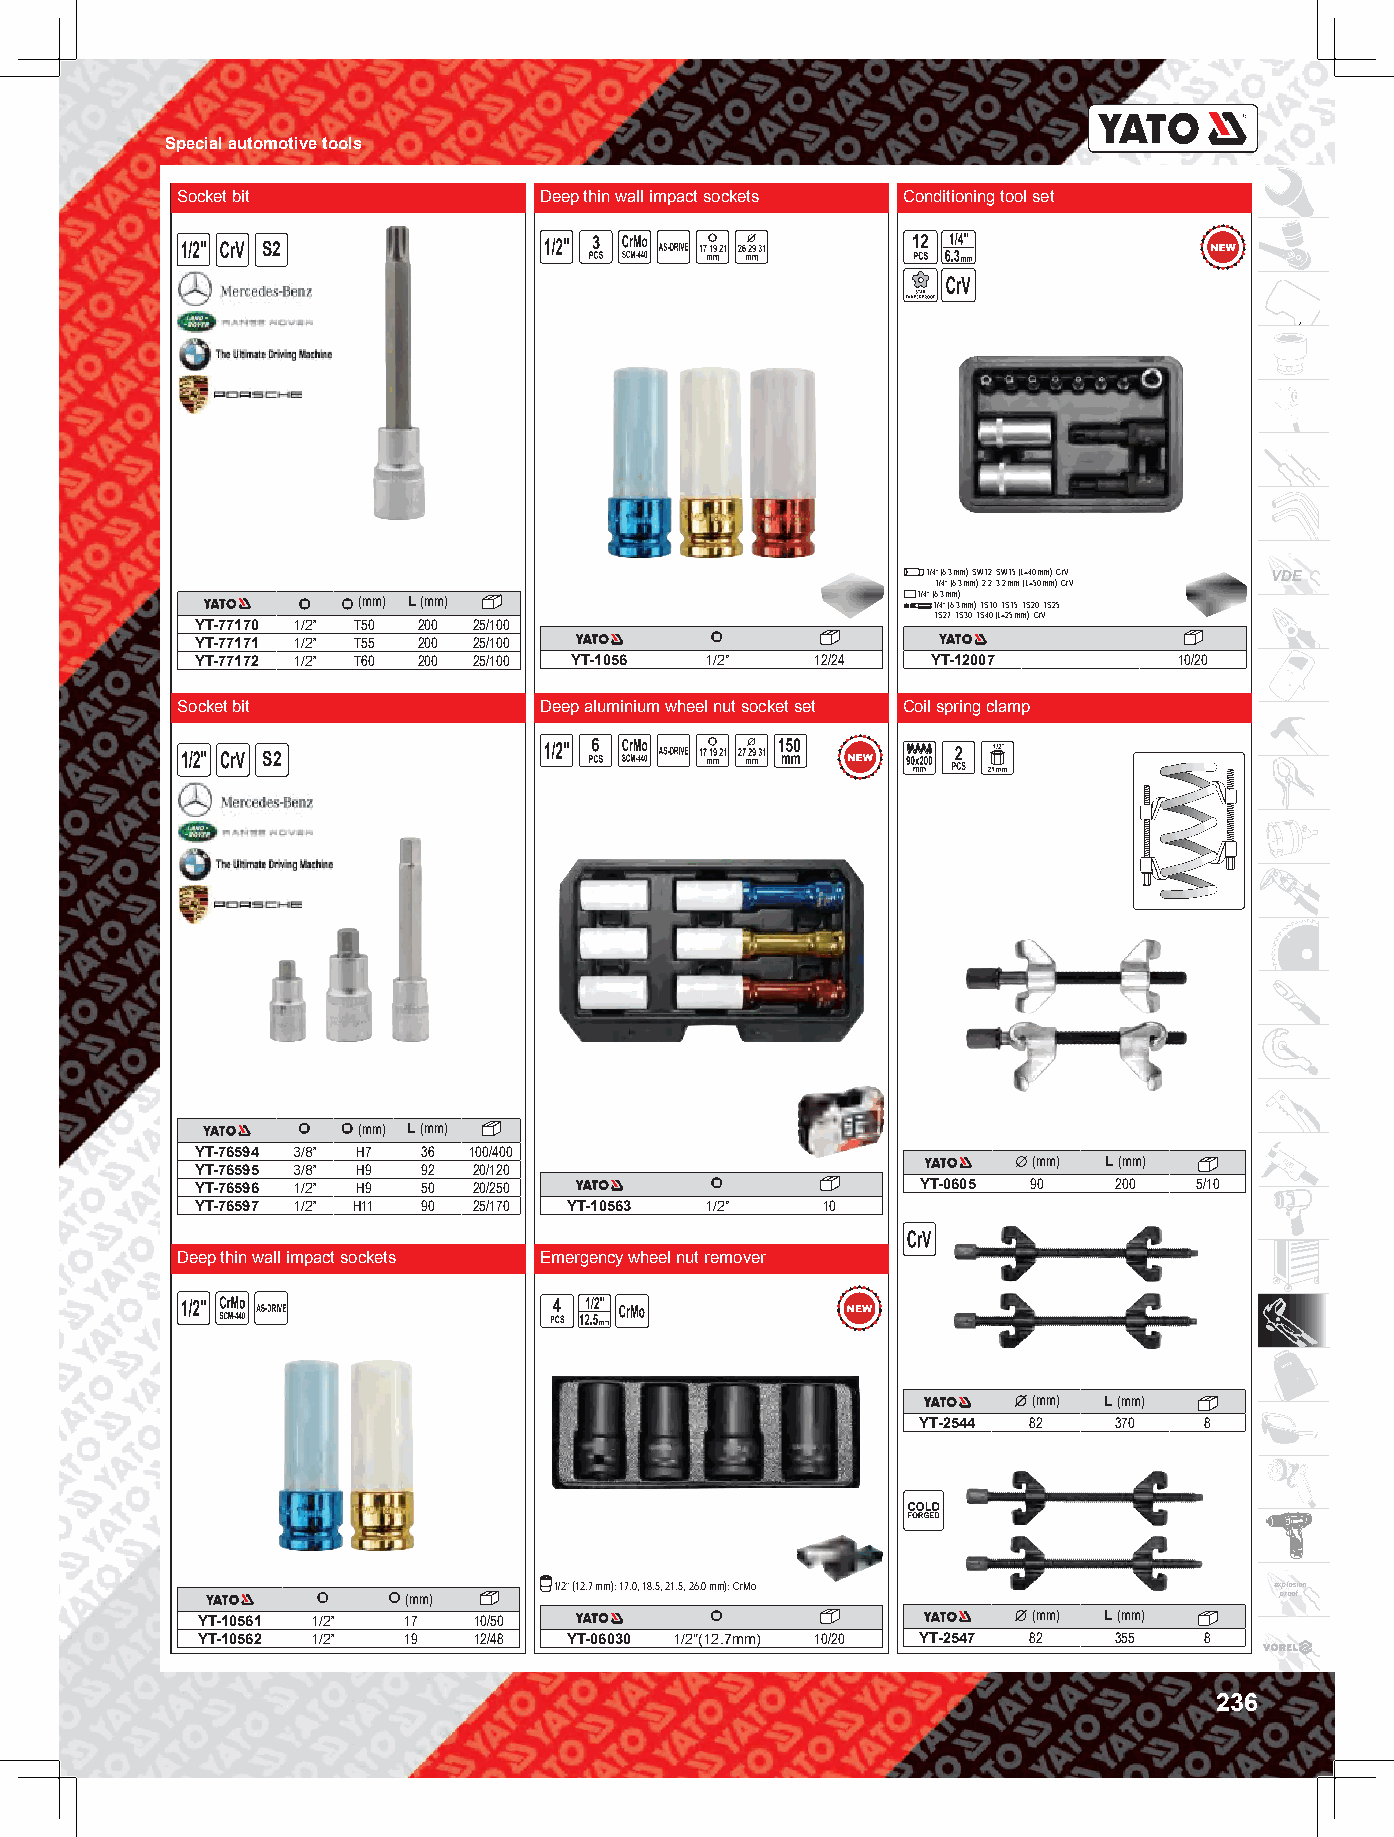
Special automotive tools
 Socket bit              Deep thin wall impact sockets Conditioning tool set
 S2
 1/4” (6.3 mm): SW12, SW15 (L=40 mm); CrV; ; VDE
 1/4” (6.3 mm): 2.2, 3.2 mm (L=50 mm); CrV;
 (mm) L (mm)                          1/4” ( 16 /. 43 ” m (6m .3) ; m m): TS10, TS15, TS20, TS25,
 TS27, TS30, TS40 (L=25 mm); CrV
 YT-77170 1/2” T50 200 25/100
 YT-77171 1/2” T55 200 25/100
 YT-77172 1/2” T60 200 25/100 YT-1056 1/2" 12/24  YT-12007        10/20
 Socket bit              Deep aluminium wheel nut socket set Coil spring clamp
 S2
 (mm) L (mm)
 YT-76594 3/8” H7 36 100/400
 YT-76595 3/8” H9 92 20/120
 (mm) L (mm)
 YT-76596 1/2” H9 50 20/250                      YT-0605 90   200  5/10
 YT-76597 1/2” H11 90 25/170 YT-10563 1/2" 10
 Deep thin wall impact sockets Emergency wheel nut remover
 (mm) L (mm)
 YT-2544 82   370   8
 1/2” (12.7 mm): 17.0, 18.5, 21.5, 26.0 mm); CrMo explosion
 (mm)                                                      proof
 YT-10561 1/2” 17  10/50                                (mm) L (mm)
 YT-10562 1/2” 19  12/48  YT-06030 1/2"(12.7mm) 10/20 YT-2547 82 355 8
 236